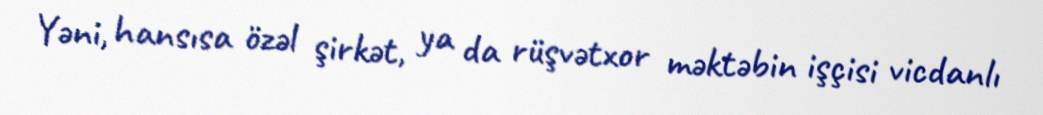
Yəni, hansısa özəl şirkət, ya da rüşvətxor məktəbin işçisi vicdanlı